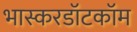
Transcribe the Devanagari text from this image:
भास्करडॉटकॉम